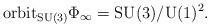
LaTeX: \begin{align*}\mbox{orbit}_{\mbox{{\scriptsize SU}}(3)}\Phi_{\infty}=\mbox{SU}(3)/\mbox{U}(1)^2.\end{align*}